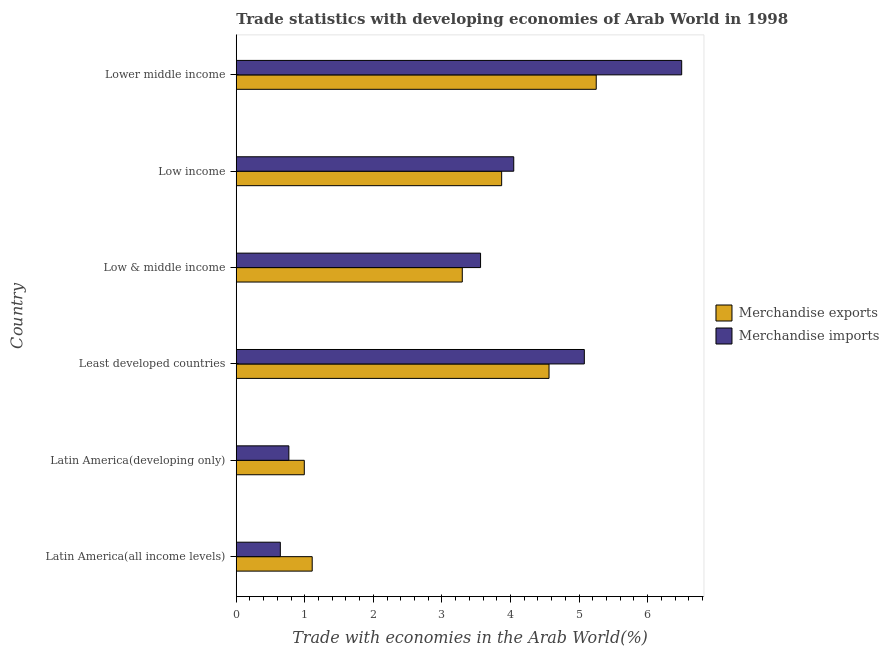
| Country | Merchandise exports | Merchandise imports |
 | --- | --- | --- |
 | Latin America(all income levels) | 1.11 | 0.643 |
 | Latin America(developing only) | 0.992 | 0.767 |
 | Least developed countries | 4.56 | 5.08 |
 | Low & middle income | 3.3 | 3.56 |
 | Low income | 3.87 | 4.05 |
 | Lower middle income | 5.25 | 6.5 |